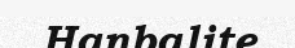
Hanbalite